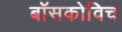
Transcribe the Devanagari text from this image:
बॉसकोविच